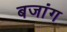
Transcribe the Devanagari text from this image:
बजांग